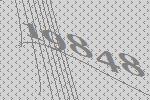
19848